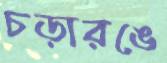
চড়ারঙে